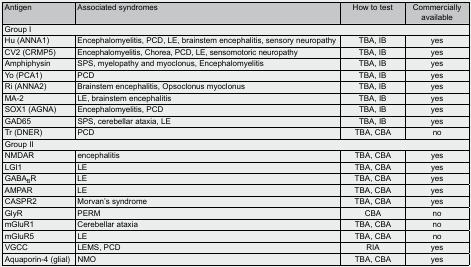
<table><thead><tr><td><b>Antigen</b></td><td><b>Associated syndromes</b></td><td><b>How to test</b></td><td><b>Commercially available</b></td></tr></thead><tbody><tr><td colspan="4">Group I</td></tr><tr><td>Hu (ANNA1)</td><td>Encephalomyelitis, PCD, LE, brainstem encephalitis, sensory neuropathy</td><td>TBA, IB</td><td>yes</td></tr><tr><td>CV2 (CRMP5)</td><td>Encephalomyelitis, Chorea, PCD, LE, sensomotoric neuropathy</td><td>TBA, IB</td><td>yes</td></tr><tr><td>Amphiphysin</td><td>SPS, myelopathy and myoclonus, Encephalomyelitis</td><td>TBA, IB</td><td>yes</td></tr><tr><td>Yo (PCA1)</td><td>PCD</td><td>TBA, IB</td><td>yes</td></tr><tr><td>Ri (ANNA2)</td><td>Brainstem encephalitis, Opsoclonus myoclonus</td><td>TBA, IB</td><td>yes</td></tr><tr><td>MA-2</td><td>LE, brainstem encephalitis</td><td>TBA, IB</td><td>yes</td></tr><tr><td>SOX1 (AGNA)</td><td>Encephalomyelitis, PCD</td><td>TBA, IB</td><td>yes</td></tr><tr><td>GAD65</td><td>SPS, cerebellar ataxia, LE</td><td>TBA, IB</td><td>yes</td></tr><tr><td>Tr (DNER)</td><td>PCD</td><td>TBA, CBA</td><td>no</td></tr><tr><td colspan="4">Group II</td></tr><tr><td>NMDAR</td><td>encephalitis</td><td>TBA, CBA</td><td>yes</td></tr><tr><td>LGI1</td><td>LE</td><td>TBA, CBA</td><td>yes</td></tr><tr><td>GABA<sub>B</sub>R</td><td>LE</td><td>TBA, CBA</td><td>yes</td></tr><tr><td>AMPAR</td><td>LE</td><td>TBA, CBA</td><td>yes</td></tr><tr><td>CASPR2</td><td>Morvan’s syndrome</td><td>TBA, CBA</td><td>yes</td></tr><tr><td>GlyR</td><td>PERM</td><td>CBA</td><td>no</td></tr><tr><td>mGluR1</td><td>Cerebellar ataxia</td><td>TBA, CBA</td><td>no</td></tr><tr><td>mGluR5</td><td>LE</td><td>TBA, CBA</td><td>no</td></tr><tr><td>VGCC</td><td>LEMS, PCD</td><td>RIA</td><td>yes</td></tr><tr><td>Aquaporin-4 (glial)</td><td>NMO</td><td>TBA, CBA</td><td>yes</td></tr></tbody></table>